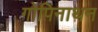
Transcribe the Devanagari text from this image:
गोपिनाथन